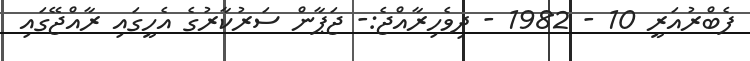
ފެބްރުއަރީ 10 - 1982 - ދިވެހިރާއްޖެ:- ޖަޕާން ސަރުކާރުގެ އެހީގައި ރާއްޖޭގައި